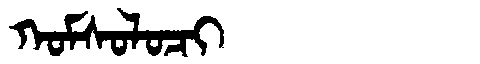
Manchu: ᡴᠣᠮᠰᠣᠯᠣᠴᡳ
Romanization: KOMSOLOCI